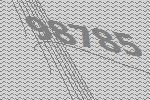
98785